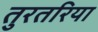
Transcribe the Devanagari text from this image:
तुरतरिया